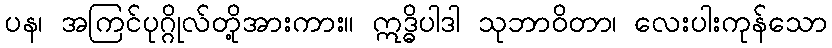
ပန၊ အကြင်ပုဂ္ဂိုလ်တို့အားကား။ ဣဒ္ဓိပါဒါ သုဘာဝိတာ၊ လေးပါးကုန်သော